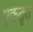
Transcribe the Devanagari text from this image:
एकतृत